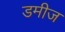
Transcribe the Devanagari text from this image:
डमीज